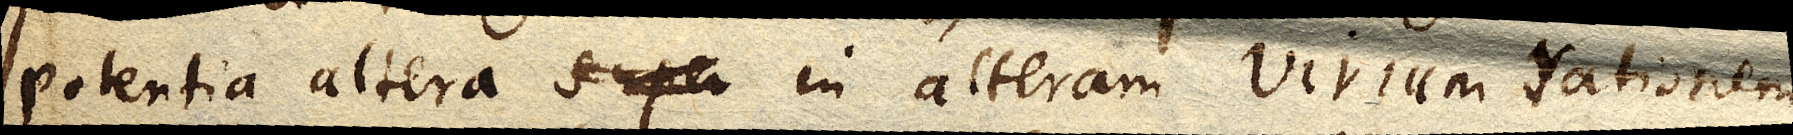
potentia altera super in alteram virium rationem